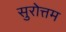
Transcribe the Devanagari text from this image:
सुरोत्तम